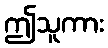
ဤသူကား